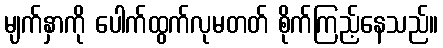
မျက်နှာကို ပေါက်ထွက်လုမတတ် စိုက်ကြည့်နေသည်။